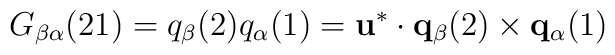
G_{\beta \alpha}(21) = q_{\beta}(2) q_{\alpha}(1) = {\bf u}^{*}                       \cdot{\bf q}_{\beta}(2) \times {\bf q}_{\alpha}(1)